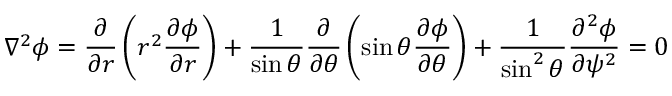
\nabla ^ { 2 } \phi = \frac { \partial } { \partial r } \left( r ^ { 2 } \frac { \partial \phi } { \partial r } \right) + \frac { 1 } { \sin \theta } \frac { \partial } { \partial \theta } \left( \sin \theta \frac { \partial \phi } { \partial \theta } \right) + \frac { 1 } { \sin ^ { 2 } \theta } \frac { \partial ^ { 2 } \phi } { \partial \psi ^ { 2 } } = 0